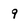
Character: 9